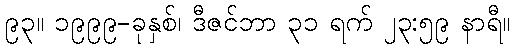
၉၃။ ၁၉၉၉-ခုနှစ်၊ ဒီဇင်ဘာ ၃၁ ရက် ၂၃:၅၉ နာရီ။